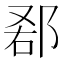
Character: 𨛠